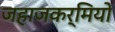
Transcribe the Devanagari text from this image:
जहाजकर्मियों